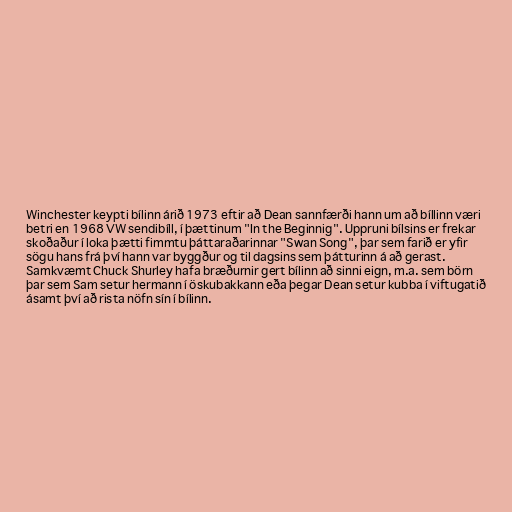
Winchester keypti bílinn árið 1973 eftir að Dean sannfærði hann um að bíllinn væri
betri en 1968 VW sendibíll, í þættinum "In the Beginnig". Uppruni bílsins er frekar
skoðaður í loka þætti fimmtu þáttaraðarinnar "Swan Song", þar sem farið er yfir
sögu hans frá því hann var byggður og til dagsins sem þátturinn á að gerast.
Samkvæmt Chuck Shurley hafa bræðurnir gert bílinn að sinni eign, m.a. sem börn
þar sem Sam setur hermann í öskubakkann eða þegar Dean setur kubba í viftugatið
ásamt því að rista nöfn sín í bílinn.